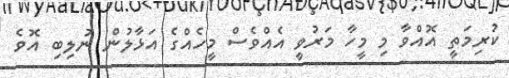
ކުރިމަތީ އޮއްވާ މި މީހާ މަރުވީ އެއްވެސް މީހެއްގެ އަޅާލުން ނުލިބި އޮވެ